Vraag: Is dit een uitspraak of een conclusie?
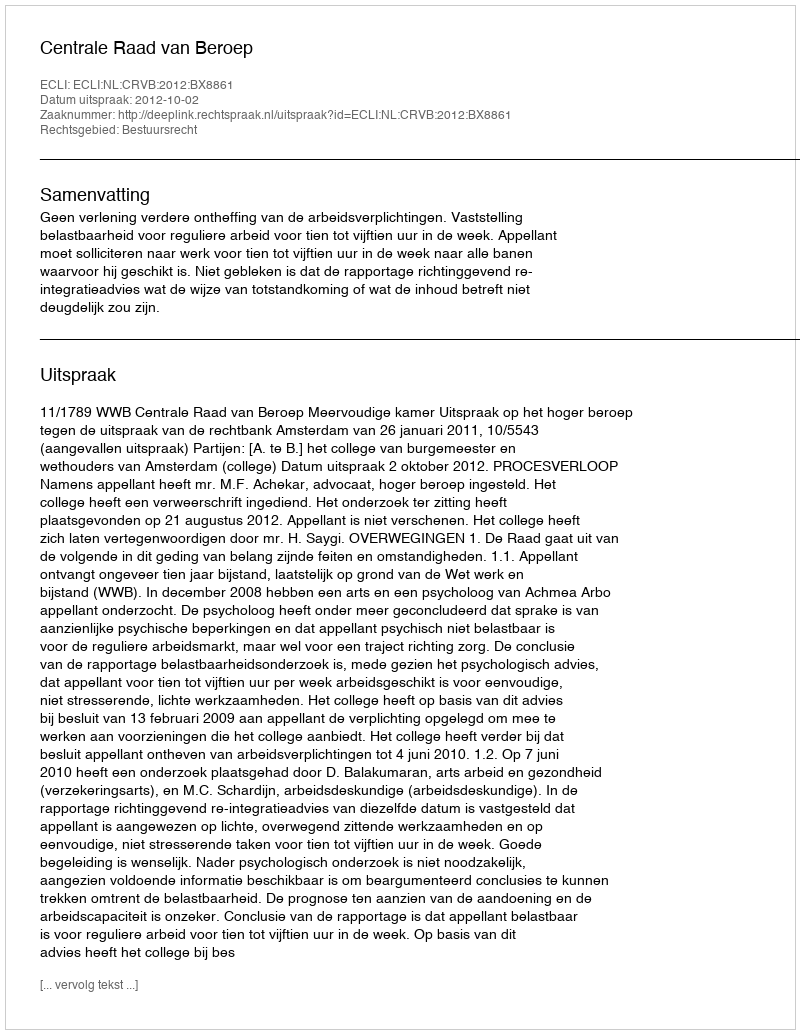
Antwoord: Uitspraak